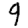
Digit: 9